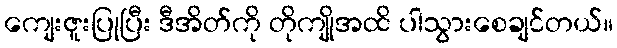
ကျေးဇူးပြုပြီး ဒီအိတ်ကို တိုကျိုအထိ ပါသွားစေချင်တယ်။